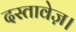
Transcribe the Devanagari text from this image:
दस्तावेज़।